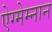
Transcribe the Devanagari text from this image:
ऐग्मेम्नान